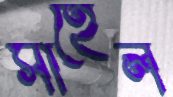
সাহেল